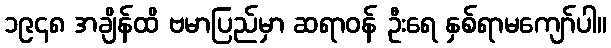
၁၉၄၈ အချိန်ထိ ဗမာပြည်မှာ ဆရာဝန် ဦးရေ နှစ်ရာမကျော်ပါ။